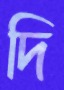
দি